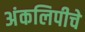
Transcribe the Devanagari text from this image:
अंकलिपीचे